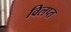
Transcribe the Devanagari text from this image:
विलप्त